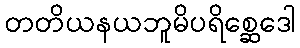
တတိယနယဘူမိပရိစ္ဆေဒေါ